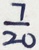
\frac { 7 } { 2 0 }